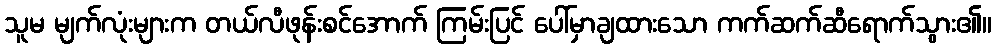
သူမ မျက်လုံးများက တယ်လီဖုန်းစင်အောက် ကြမ်းပြင် ပေါ်မှာချထားသော ကက်ဆက်ဆီရောက်သွား၏။